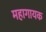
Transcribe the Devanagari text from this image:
महागायक